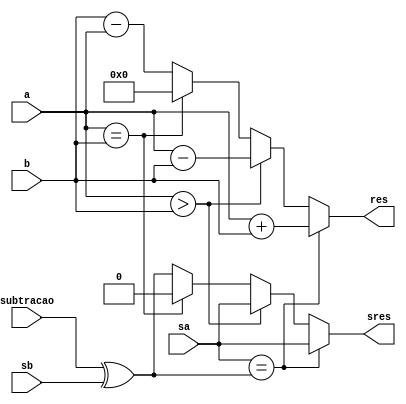
module operacoes(
	input [3:0] a,
	input [3:0] b,
	input sa, //sinal de a 
	input sb, //snal de b
	
	input subtracao, 
	
	output reg sres, //sinal do resultado
	output reg [4:0] res //resultado
	
);

wire novo_sb = subtracao ^ sb;

always @(*) begin
	//sinais iguais
	if(sa == novo_sb) begin
		sres = sa;
		res = a + b;
	end
	//sinais diferentes
	else begin
		if(a > b) begin
			sres = sa;
			res = a - b;
		end else if (a == b) begin
			sres = 0;
			res = 0;
		end else begin
			sres = novo_sb;
			res = b - a;
		end
	end
end

endmodule